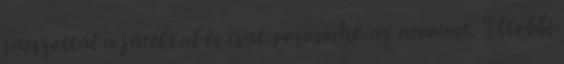
játszottál a játékkal és csak porosodik az account. Utóbbi